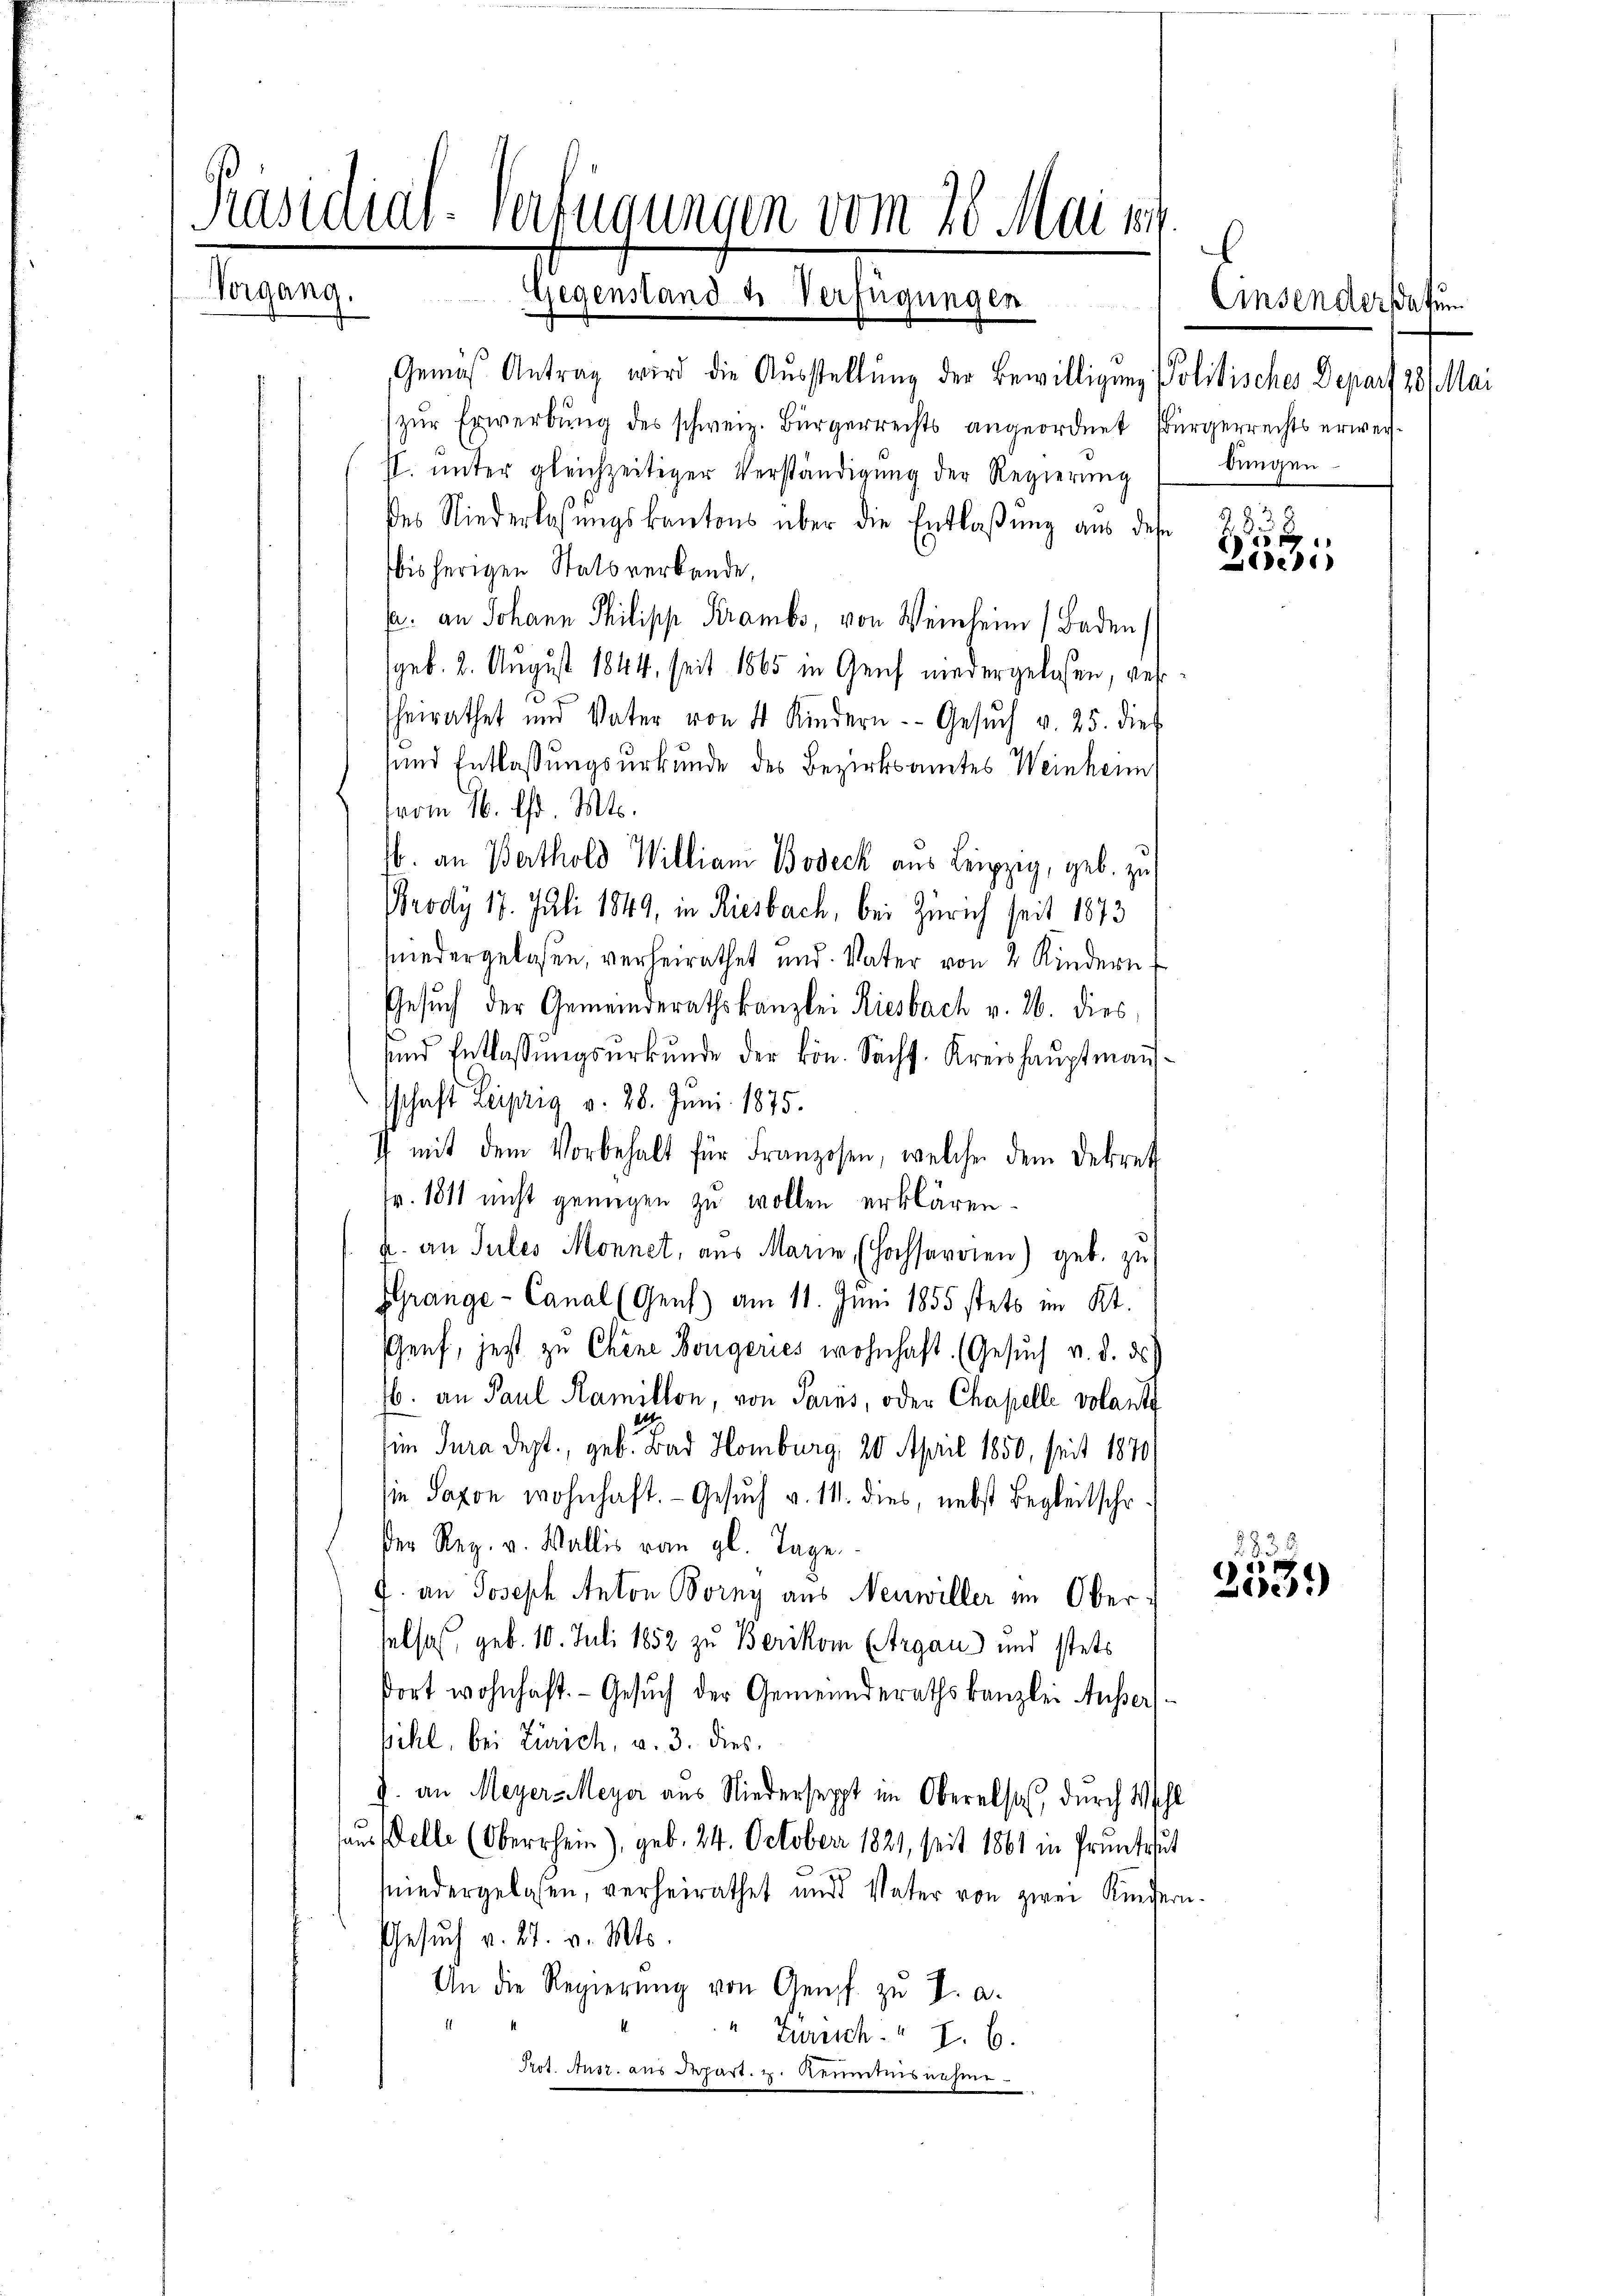
Präsidial-Verfügungen vom 26. Mai 189.
Vorgang.
Gegenstand u. Verfügungen

Gemäß Antrag wird die Aŭsstellŭng der Bewilligung Politisches Depart 28 Mai
zŭr Erwerbŭng des schweiz. Bürgerrechts angeordnet Bürgerrechts erweissp. unter gleichzeitiger Verständigung der Regierung
des Niederlassŭngskantons über die Entlaßung aus des
bisherigen Stats verbande,
Ja. an Johann Philipp Krambs, von Weinheim (Baden
geb. 2. August 1844, seit 1865 in Genf war ergelassen, versheirathet und Vater von 4 Kindern. Gesŭch v. 25. dies
sund Entlassungsurkunde des Bezirksamtes Weinheim
vom 16. Chr. Mts.
. an Berthold William Bodeck aus Leipzig, geb. zu
Prody 17. Juli 1849, in Riesbach, bei Zürich seit 1873
niedergelassen, verheirathet und Vater von 2 Kindern
Gesuch der Gemeinderathskanzlei Riesbach v. 26. dies
und Entlassŭngsŭrkŭnde der kön. Secht. Kreis haŭptmaṅ-
schaft Leipzig v. 28. Juni 1875.
7 mit dem Vorbehalt für Franzosen, welche dem Dekret
Fr. 1811 nicht genügen zu wollen erklären.
h. an Sules Monnet, aus Marie, (Hochsaroien) geb. zu
GGrange- Canal (Genf) am 11. Juni 1855 stets im Kt.
Genf, jetzt zu Chine Borgeries wohnhaft. (Gesŭch v. d. d.
b. an Paul Ramillon, von Paris, oder Chapelle Volant
im Jura dept., geb. Bad Homburg, 20 April 1850, seit 1870
sie Saxon wohnhaft. Gesuch v. 111. dies, nebst Begleitschr
der Reg. v. Wallis von gl. Tage.
J. an Joseph Anton Borny aus Neuwiller im Oberselsas, geb. 10. Juli 1852 zu Berikon (Argau) und stets
dort wohnhaft. - Gesuch der Gemeinderathskanzlei Ausser
ihl, bei Zürich, u. 3. dies
J. an Meyer-Meyer aus Niederseppt im Oberalso, durch Wahl
aus stelle (Oberrhein), geb. 24. October 1821, seit 1861 in Pruntrut
sniedergelesen, verheirathet und Vater von zwei Kindern
Gesŭch v. 27. v. Mts.
An die Regierŭng von Genf zu V. a.
 Zureich. I. 6.
Prot. Ausz. aus Depart. u. Reumtnisnehme

Einsender datum
bungen.

n
2
x
e

53 x
27

)1)